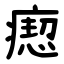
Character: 瘛